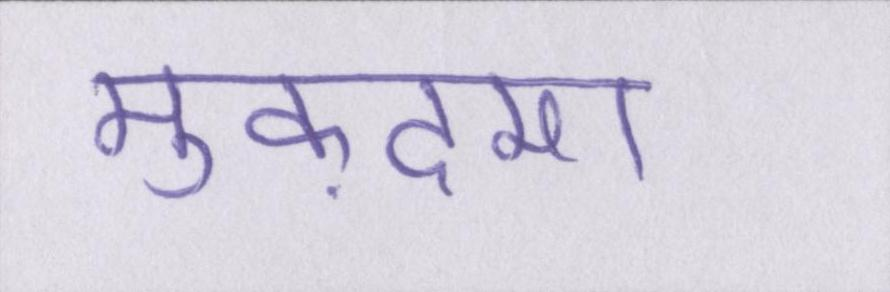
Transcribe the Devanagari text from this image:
मुक़दमा